Indian Medical Review
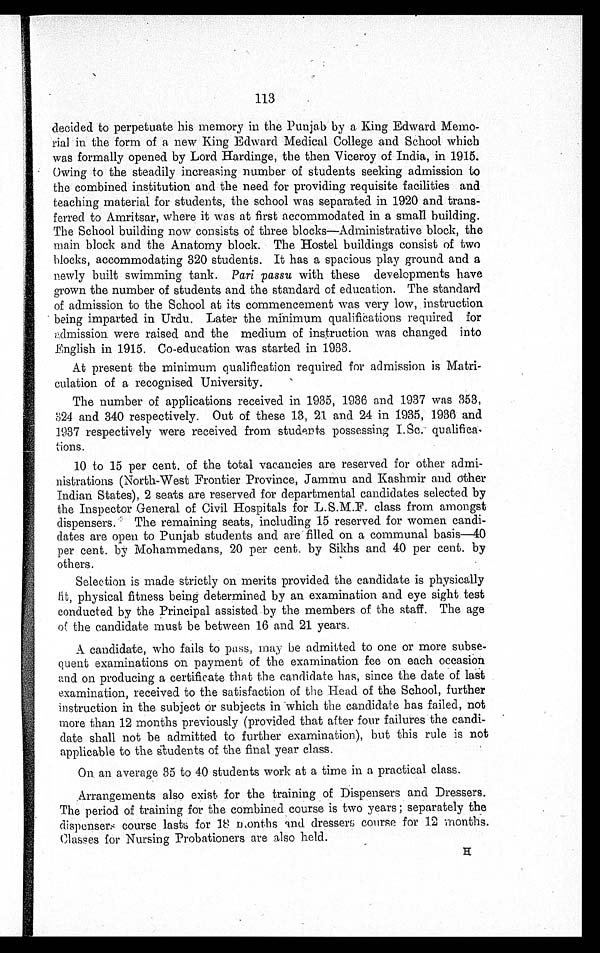
113
decided to perpetuate his memory in the Punjab by a King Edward Memo
¬rial in the form of a new King Edward Medical College and School which
was formally opened by Lord Hardinge, the then Viceroy of India, in 1915.
Owing to the steadily increasing number of students seeking admission to
the combined institution and the need for providing requisite facilities and
teaching material for students, the school was separated in 1920 and trans
¬ferred to Amritsar, where it was at first accommodated in a small building.
The School building now consists of three blocks—Administrative block, the
main block and the Anatomy block. The Hostel buildings consist of two
blocks, accommodating 320 students. It has a spacious play ground and a
newly built swimming tank. Pari passu with these developments have
grown the number of students and the standard of education. The standard
of admission to the School at its commencement was very low, instruction
being imparted in Urdu. Later the minimum qualifications required for
admission were raised and the medium of instruction was changed into
English in 1915. Co-education was started in 1933.
At present the minimum qualification required for admission is Matri-
culation of a recognised University.
The number of applications received in 1935, 1936 and 1937 was 353,
324 and 340 respectively. Out of these 13, 21 and 24 in 1935, 1936 and
1937 respectively were received from students possessing I.Sc. qualifica¬
tions.
10 to 15 per cent. of the total vacancies are reserved for other admi
¬nistrations (North-West Frontier Province, Jammu and Kashmir and other
Indian States), 2 seats are reserved for departmental candidates selected by
the Inspector General of Civil Hospitals for L.S.M.F. class from amongst
dispensers. The remaining seats, including 15 reserved for women candi
¬dates are open to Punjab students and are filled on a communal basis—40
per cent. by Mohammedans, 20 per cent. by Sikhs and 40 per cent. by
others.
Selection is made strictly on merits provided the candidate is physically
it, physical fitness being determined by an examination and eye sight test
conducted by the Principal assisted by the members of the staff. The age
of the candidate must be between 16 and 21 years.
A candidate, who fails to pass, may be admitted to one or more subse-
quent examinations on payment of the examination fee on each occasion
and on producing a certificate that the candidate has, since the date of last
examination, received to the satisfaction of the Head of the School, further
instruction in the subject or subjects in which the candidate has failed, not
more than 12 months previously (provided that after four failures the candi
¬date shall not be admitted to further examination), but this rule is not
applicable to the students of the final year class.
On an average 35 to 40 students work at a time in a practical class.
Arrangements also exist for the training of Dispensers and Dressers.
The period of training for the combined course is two years ; separately the
dispensers course lasts for 18 months and dressers course for 12 months.
Classes for Nursing Probationers are also held.
H